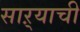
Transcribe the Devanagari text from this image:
साऱ्याची